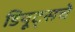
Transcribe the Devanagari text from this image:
डियूट्सचे